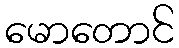
မောတောင်